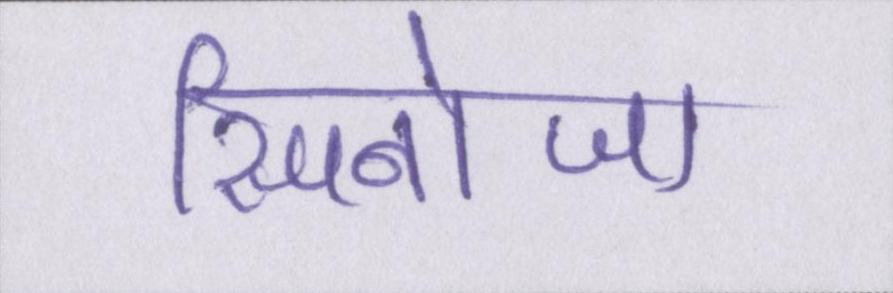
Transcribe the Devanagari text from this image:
स्पिनोजा